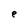
Character: e